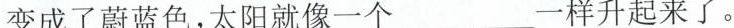
变成了蔚蓝色，太阳就像一个___一样升起来了。